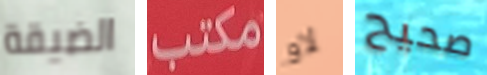
الضيقة مكتب لاو صحيح